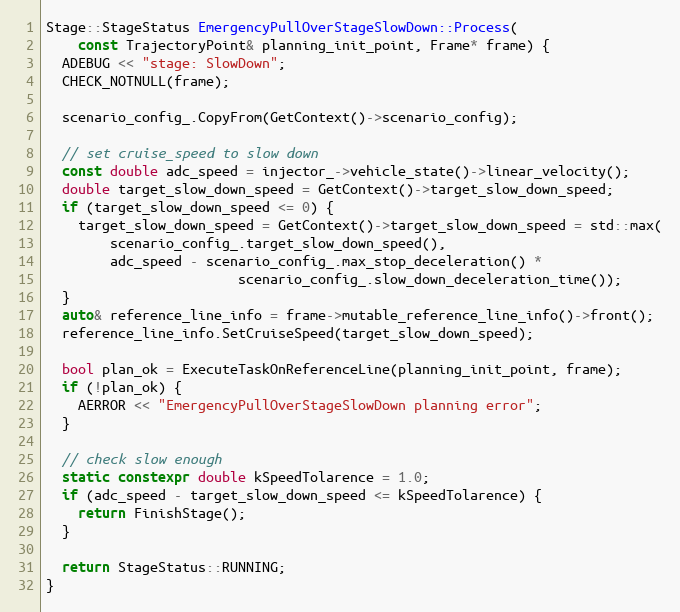
Language: C++
Stage::StageStatus EmergencyPullOverStageSlowDown::Process(
    const TrajectoryPoint& planning_init_point, Frame* frame) {
  ADEBUG << "stage: SlowDown";
  CHECK_NOTNULL(frame);

  scenario_config_.CopyFrom(GetContext()->scenario_config);

  // set cruise_speed to slow down
  const double adc_speed = injector_->vehicle_state()->linear_velocity();
  double target_slow_down_speed = GetContext()->target_slow_down_speed;
  if (target_slow_down_speed <= 0) {
    target_slow_down_speed = GetContext()->target_slow_down_speed = std::max(
        scenario_config_.target_slow_down_speed(),
        adc_speed - scenario_config_.max_stop_deceleration() *
                        scenario_config_.slow_down_deceleration_time());
  }
  auto& reference_line_info = frame->mutable_reference_line_info()->front();
  reference_line_info.SetCruiseSpeed(target_slow_down_speed);

  bool plan_ok = ExecuteTaskOnReferenceLine(planning_init_point, frame);
  if (!plan_ok) {
    AERROR << "EmergencyPullOverStageSlowDown planning error";
  }

  // check slow enough
  static constexpr double kSpeedTolarence = 1.0;
  if (adc_speed - target_slow_down_speed <= kSpeedTolarence) {
    return FinishStage();
  }

  return StageStatus::RUNNING;
}